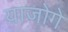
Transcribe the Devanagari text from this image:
याजोगे